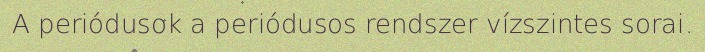
A periódusok a periódusos rendszer vízszintes sorai.